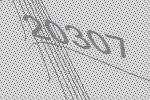
20307